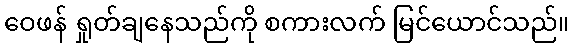
ဝေဖန် ရှုတ်ချနေသည်ကို စကားလက် မြင်ယောင်သည်။